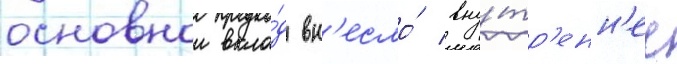
основнои вкла́д вн'есло́ вну́тр'енн'ее